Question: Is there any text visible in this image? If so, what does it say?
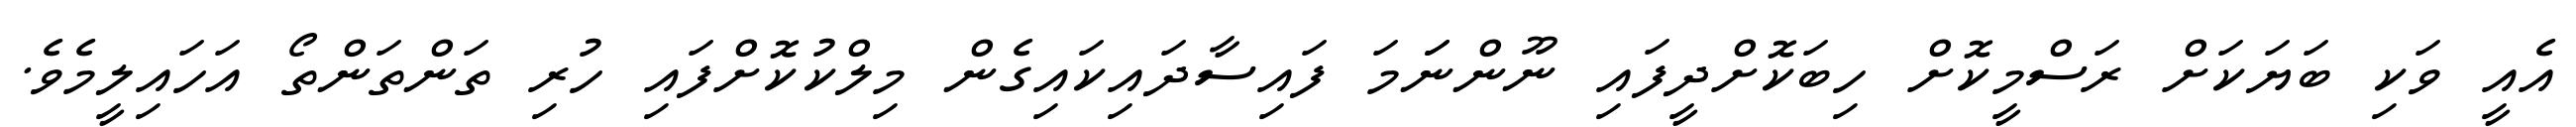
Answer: އެއީ ވަކި ބަޔަކަށް ރަސްމީކޮށް ހިބަކޮށްދީފައި ނޫންނަަމަ ފައިސާދައިކައިގެން މިލްކުކޮށްފައި ހުރި ތަންތަންތޯ އަހައިލީމެވެ.